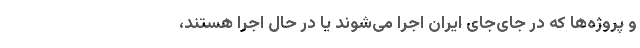
و پروژه‌ها که در جای‌جای ایران اجرا می‌شوند یا در حال اجرا هستند،